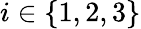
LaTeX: i\in\{ 1,2,3\}